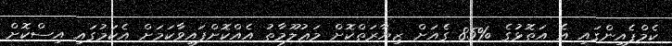
ކެމްޕެއިންގައި އެ އަތޮޅުގެ %85 ގެއަށް ޒިޔާރަތްކޮށް މަޢުލޫމާތު އެއްކޮށްފައިވާކަމަށް އެކަމުގައި އިސްކޮށް